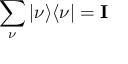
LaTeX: \sum _ { \nu } | \nu \rangle \langle \nu | = \mathbf { I }